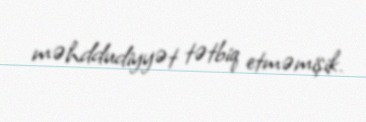
məhddudiyyət tətbiq etməmişik.